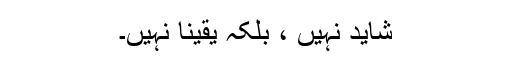
شاید نہیں ، بلکہ یقیناً نہیں۔